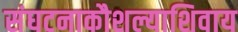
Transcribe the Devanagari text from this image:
संघटनाकौशल्याशिवाय